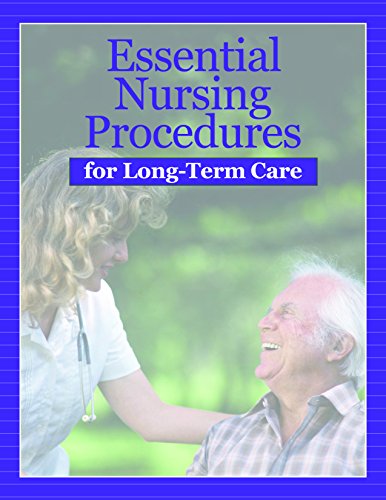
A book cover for Essential Nursing Procedures for Long-term Care; HCPro; Medical Books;